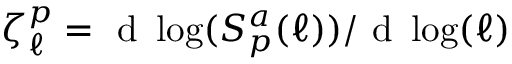
\zeta _ { \ell } ^ { p } = { \mathrm { ~ d ~ } \log ( S _ { p } ^ { a } ( \ell ) ) } / { \mathrm { ~ d ~ } \log ( \ell ) }